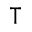
\intercal